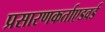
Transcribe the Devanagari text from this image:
प्रसारणकर्ताएडवर्ड